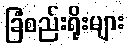
ခြံစည်းရိုးများ